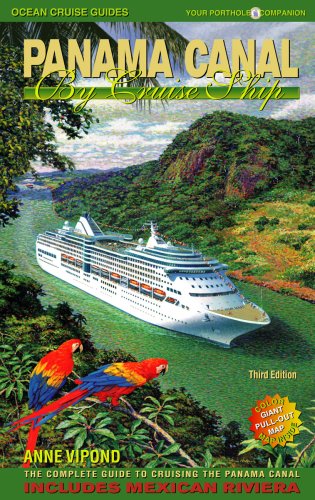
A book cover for Panama Canal By Cruise Ship: The Complete Guide To Cruising The Panama Canal; Anne Vipond; Travel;